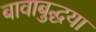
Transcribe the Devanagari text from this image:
बावाबुद्धया